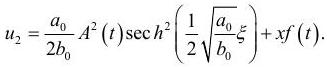
$u_{2}=\frac{a_{0}}{2 b_{0}} A^{2}(t) \sec h^{2}\left(\frac{1}{2} \sqrt{\frac{a_{0}}{b_{0}}} \xi\right)+x f(t) .$